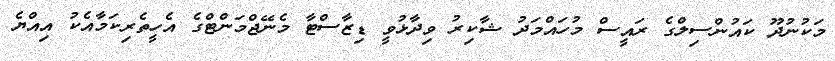
މަކުނުދޫ ކައުންސިލްގެ ރައީސް މުހައްމަދު ޝާކިރު ވިދާޅުވީ ޑިޒާސްޓާ މެނޭޖްމަންޓްގެ އެހީތެރިކަމާއެކު އިއްޔެ